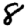
Digit: 8